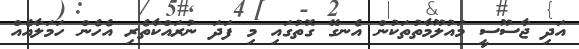
އަދި ޖާސޫސީ މައުލޫމާތުތަކުން އެނގޭ ގޮތުގައި މި ފަދަ ނުރައްކާތެރި އެހެން ހަމަލާއެއް